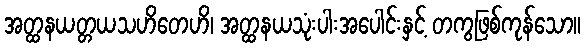
အတ္ထနယတ္တယသဟိတေဟိ၊ အတ္ထနယသုံးပါးအပေါင်းနှင့် တကွဖြစ်ကုန်သော။